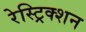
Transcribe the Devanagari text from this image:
रेस्ट्रिक्शन